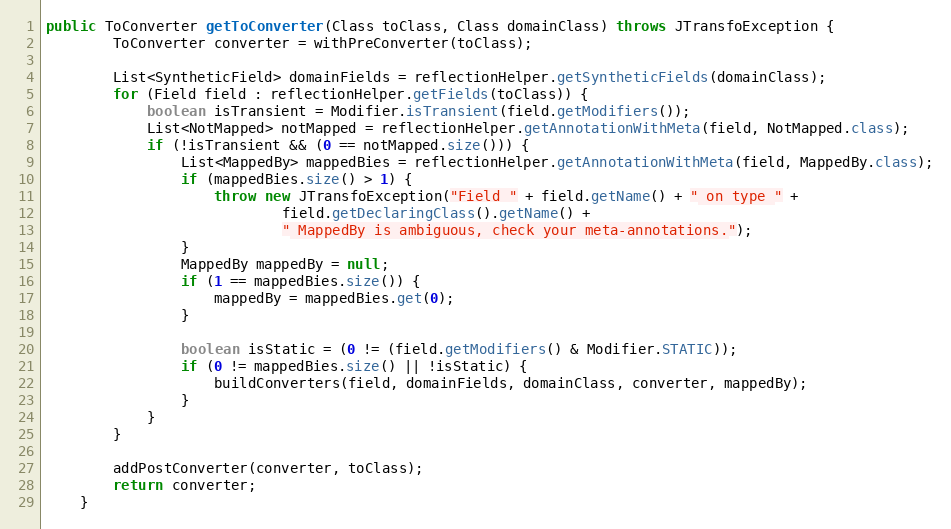
Language: Java
public ToConverter getToConverter(Class toClass, Class domainClass) throws JTransfoException {
        ToConverter converter = withPreConverter(toClass);

        List<SyntheticField> domainFields = reflectionHelper.getSyntheticFields(domainClass);
        for (Field field : reflectionHelper.getFields(toClass)) {
            boolean isTransient = Modifier.isTransient(field.getModifiers());
            List<NotMapped> notMapped = reflectionHelper.getAnnotationWithMeta(field, NotMapped.class);
            if (!isTransient && (0 == notMapped.size())) {
                List<MappedBy> mappedBies = reflectionHelper.getAnnotationWithMeta(field, MappedBy.class);
                if (mappedBies.size() > 1) {
                    throw new JTransfoException("Field " + field.getName() + " on type " +
                            field.getDeclaringClass().getName() +
                            " MappedBy is ambiguous, check your meta-annotations.");
                }
                MappedBy mappedBy = null;
                if (1 == mappedBies.size()) {
                    mappedBy = mappedBies.get(0);
                }

                boolean isStatic = (0 != (field.getModifiers() & Modifier.STATIC));
                if (0 != mappedBies.size() || !isStatic) {
                    buildConverters(field, domainFields, domainClass, converter, mappedBy);
                }
            }
        }

        addPostConverter(converter, toClass);
        return converter;
    }